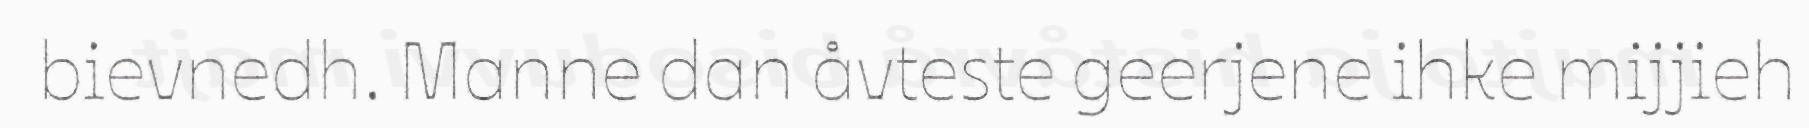
bievnedh. Manne dan åvteste geerjene ihke mijjieh